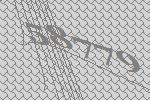
58779